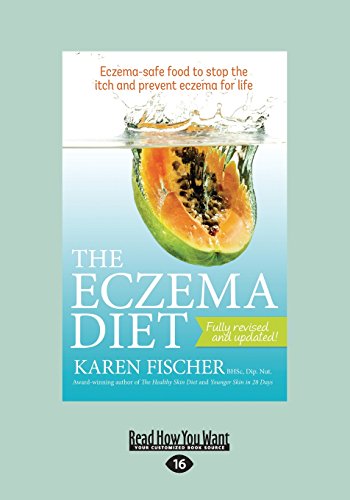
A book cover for The Eczema Diet Eczema-Safe Food To Stop: Eczema-Safe Food to Stop The Itch and Prevent Eczema for Life; Karen Fischer; Health, Fitness & Dieting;